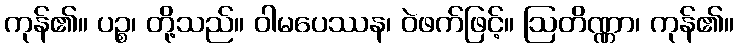
ကုန်၏။ ပဉ္စ၊ တို့သည်။ ဝါမပေဿန၊ ဝဲဖက်ဖြင့်။ ဩတိဏ္ဏာ၊ ကုန်၏။